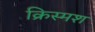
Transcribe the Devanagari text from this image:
क्रिस्मश